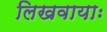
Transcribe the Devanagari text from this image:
लिखवायाः